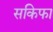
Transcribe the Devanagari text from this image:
सकिफा